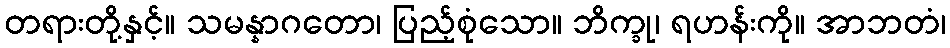
တရားတို့နှင့်။ သမန္နာဂတော၊ ပြည့်စုံသော။ ဘိက္ခု၊ ရဟန်းကို။ အာဘတံ၊